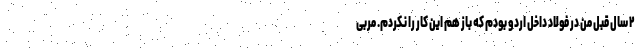
۲ سال قبل من در فولاد داخل اردو بودم که باز هم این کار را نکردم. مربی